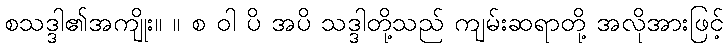
စသဒ္ဒါ၏အကျိုး။ ။ စ ဝါ ပိ အပိ သဒ္ဒါတို့သည် ကျမ်းဆရာတို့ အလိုအားဖြင့်